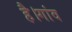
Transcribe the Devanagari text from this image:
है।गांव